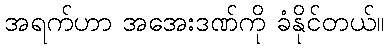
အရက်ဟာ အအေးဒဏ်ကို ခံနိုင်တယ်။